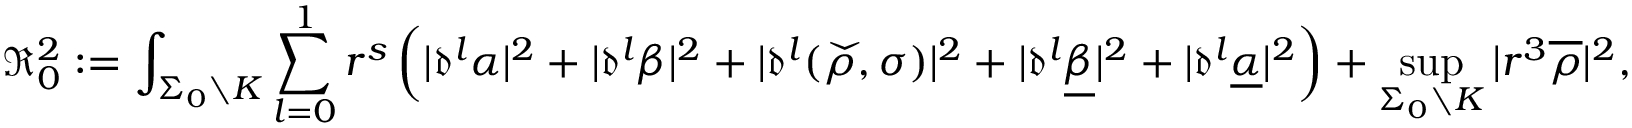
\mathfrak { R } _ { 0 } ^ { 2 } : = \int _ { \Sigma _ { 0 } \setminus K } \sum _ { l = 0 } ^ { 1 } { r } ^ { s } \left( | { \mathfrak { d } } ^ { l } \alpha | ^ { 2 } + | { \mathfrak { d } } ^ { l } \beta | ^ { 2 } + | { \mathfrak { d } } ^ { l } ( \widecheck { \rho } , \sigma ) | ^ { 2 } + | { \mathfrak { d } } ^ { l } \underline { { \beta } } | ^ { 2 } + | { \mathfrak { d } } ^ { l } \underline { { \alpha } } | ^ { 2 } \right) + \operatorname* { s u p } _ { \Sigma _ { 0 } \setminus K } | { r } ^ { 3 } \overline { { \rho } } | ^ { 2 } ,